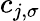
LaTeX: c_{j,\sigma}